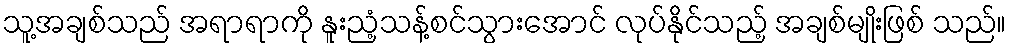
သူ့အချစ်သည် အရာရာကို နူးညံ့သန့်စင်သွားအောင် လုပ်နိုင်သည့် အချစ်မျိုးဖြစ် သည်။